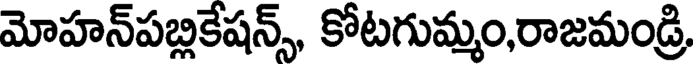
మోహన్పబ్లికేషన్స్, కోటగుమ్మం,రాజమండ్రి,